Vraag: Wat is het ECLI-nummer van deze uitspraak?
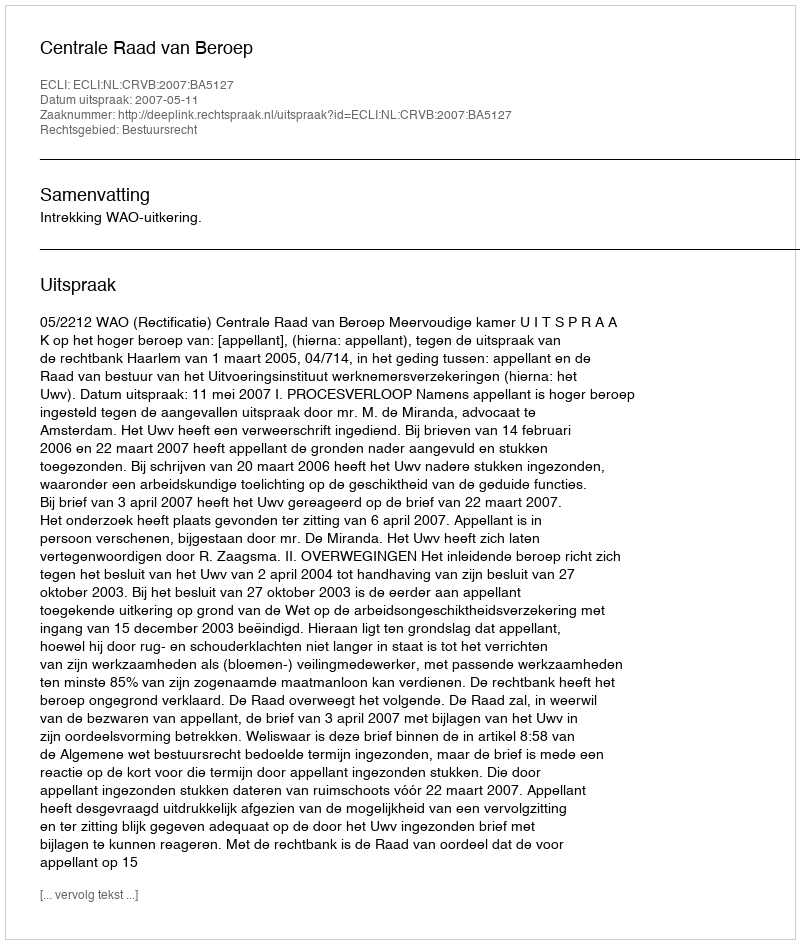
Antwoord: ECLI:NL:CRVB:2007:BA5127